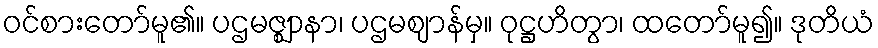
ဝင်စားတော်မူ၏။ ပဌမဇ္ဈာနာ၊ ပဌမဈာန်မှ။ ဝုဋ္ဌဟိတွာ၊ ထတော်မူ၍။ ဒုတိယံ